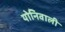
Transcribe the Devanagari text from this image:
योनिवाली